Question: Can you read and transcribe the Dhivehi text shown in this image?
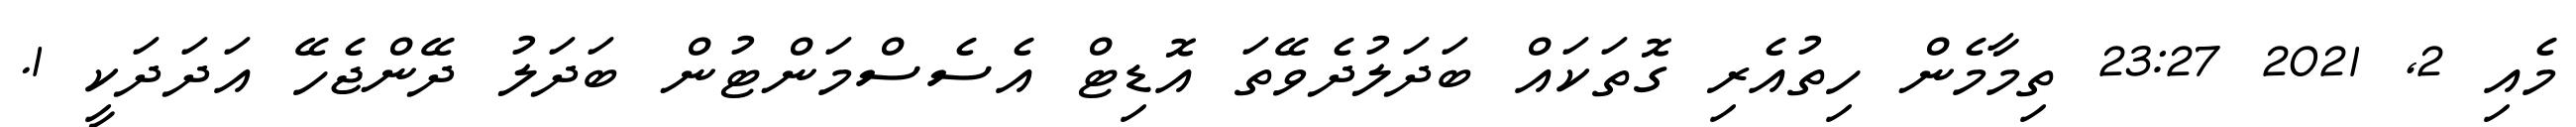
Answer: މެއި 2, 2021 23:27 ތިމާމެން ހިތުއެރި ގޮތަކައް ބަދަލުދެވޭތަ އޮޑިޓް އެސެސްމަންޓުން ބަދަލު ދޭންޖެހޭ އަދަދަކީ 1.